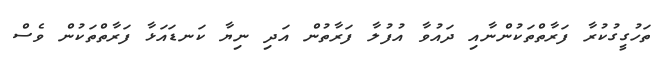
ތަހުގީގުކުރާ ފަރާތްތަކުންނާއި ދައުވާ އުފުލާ ފަރާތުން އަދި ނިޔާ ކަނޑައަޅާ ފަރާތްތަކުން ވެސް